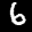
Label: 6